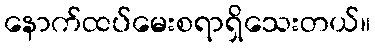
နောက်ထပ်မေးစရာရှိသေးတယ်။